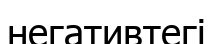
негативтегі